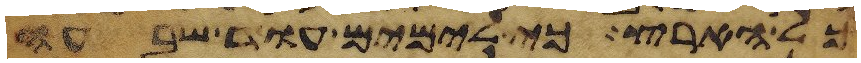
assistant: כל הארץ כי לימים עוד שבעה